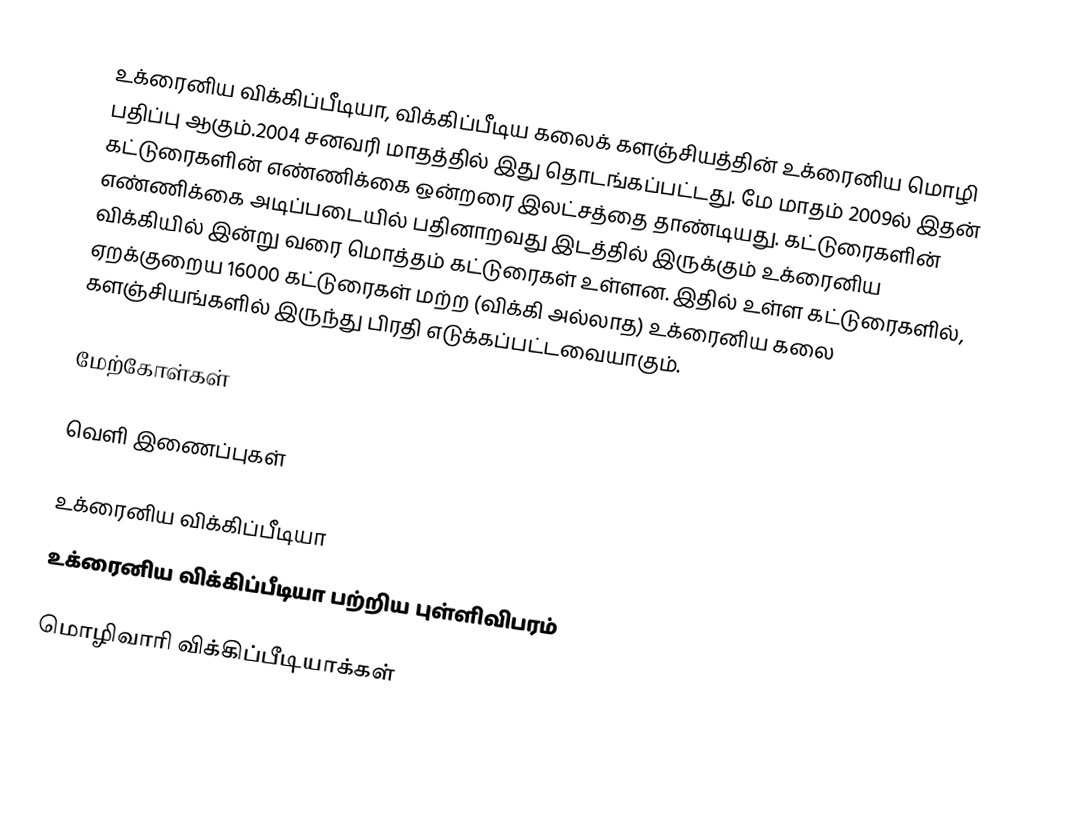
உக்ரைனிய விக்கிப்பீடியா, விக்கிப்பீடிய கலைக் களஞ்சியத்தின் உக்ரைனிய மொழி பதிப்பு ஆகும்.2004 சனவரி மாதத்தில் இது தொடங்கப்பட்டது. மே மாதம் 2009ல் இதன் கட்டுரைகளின் எண்ணிக்கை ஒன்றரை இலட்சத்தை தாண்டியது. கட்டுரைகளின் எண்ணிக்கை அடிப்படையில் பதினாறவது இடத்தில் இருக்கும் உக்ரைனிய விக்கியில் இன்று வரை மொத்தம் கட்டுரைகள் உள்ளன. இதில் உள்ள கட்டுரைகளில், ஏறக்குறைய 16000 கட்டுரைகள் மற்ற (விக்கி அல்லாத) உக்ரைனிய கலை களஞ்சியங்களில் இருந்து பிரதி எடுக்கப்பட்டவையாகும்.

மேற்கோள்கள்

வெளி இணைப்புகள்

 உக்ரைனிய விக்கிப்பீடியா
 உக்ரைனிய விக்கிப்பீடியா பற்றிய புள்ளிவிபரம்

மொழிவாரி விக்கிப்பீடியாக்கள்